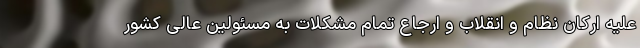
علیه ارکان نظام و انقلاب و ارجاع تمام مشکلات به مسئولین عالی کشور